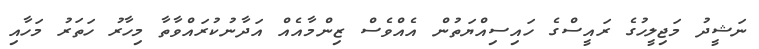
ނަޝީދު މަޖިލީހުގެ ރައީސްގެ ހައިސިއްޔަތުން އެއްވެސް ޒިންމާއެއް އަދާނުކުރައްވާތާ މިހާރު ހަތަރު މަހާއި